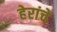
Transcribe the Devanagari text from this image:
हेरांचे